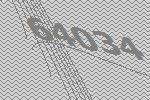
64034